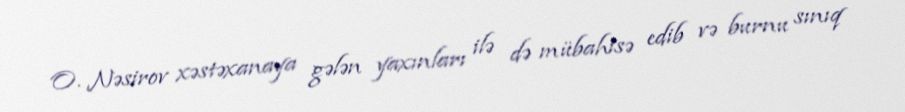
O. Nəsirov xəstəxanaya gələn yaxınları ilə də mübahisə edib və burnu sınıq